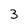
Character: 3